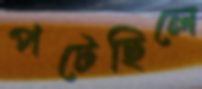
পটেছিলে